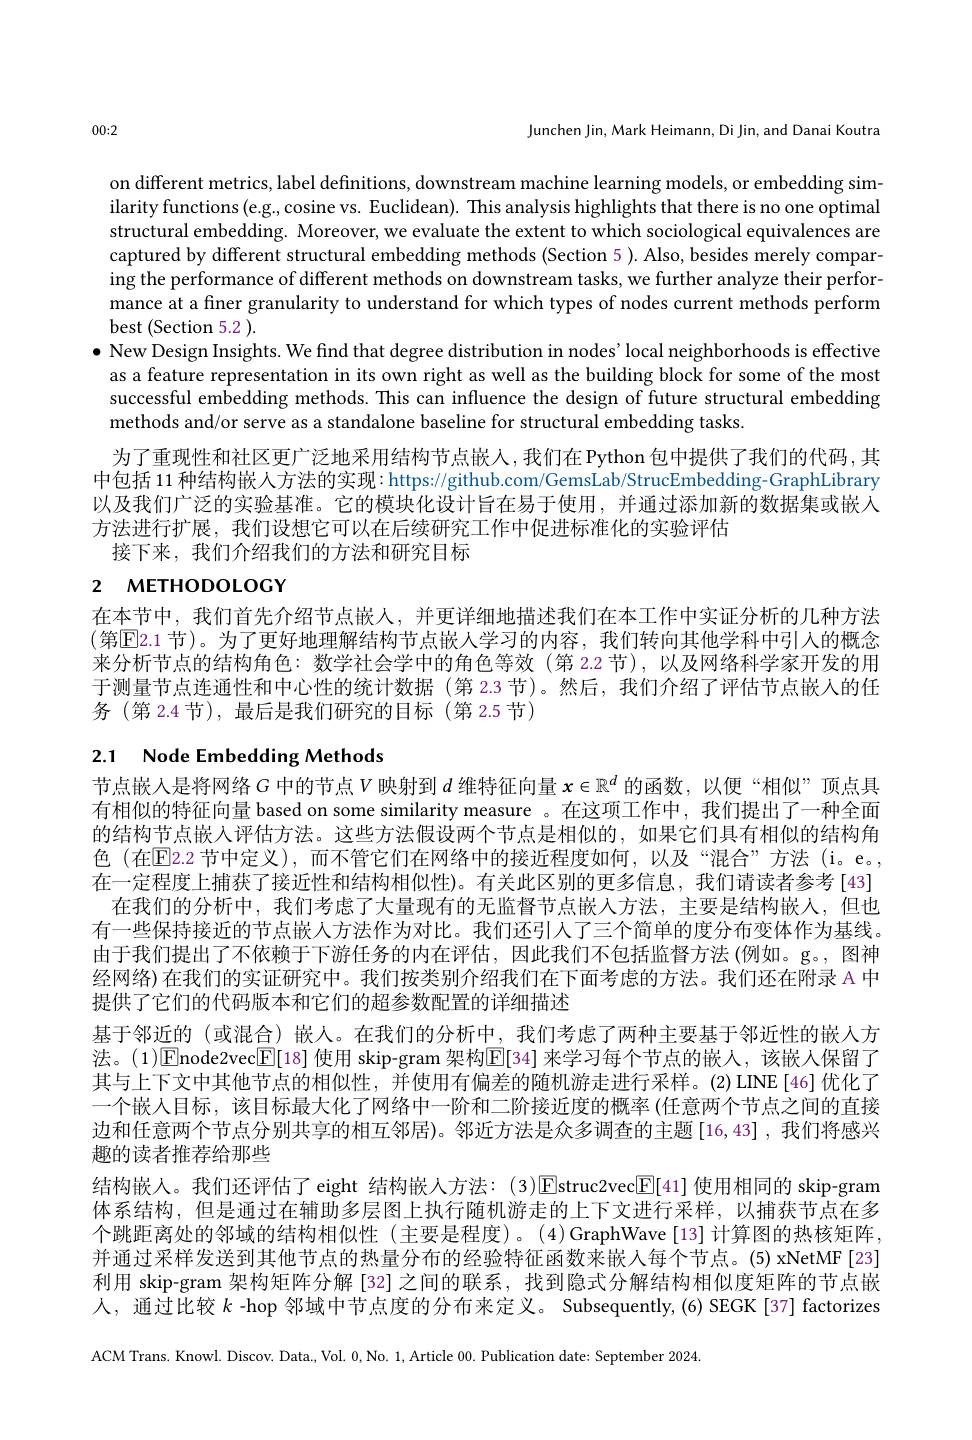
Junchen Jin, Mark Heimann, Di Jin, and Danai Koutra

00:2

on different metrics, label definitions, downstream machine learning models, or embedding similarity functions(e.g., cosine vs. Euclidean). This analysis highlights that there is no one optimal structural embedding. Moreover, we evaluate the extent to which sociological equivalences are captured by different structural embedding methods (Section 5). Also, besides merely comparing the performance of different methods on downstream tasks, we further analyze their performance at a finer granularity to understand for which types of nodes current methods perform best (Section 5.2 ).
$\bullet$ New Design Insights. We find that degree distribution in nodes' local neighborhoods is effective
as a feature representation in its own right as well as the building block for some of the most successful embedding methods. This can influence the design of future structural embedding methods and/or serve as a standalone baseline for structural embedding tasks.
为了重现性和社区更广泛地采用结构节点嵌人，我们在 Python 包中提供了我们的代码，其中包括 11 种结构嵌人方法的实现：https://github.com/GemsLab/StrucEmbedding-GraphLibrary 以及我们广泛的实验基准。它的模块化设计旨在易于使用，并通过添加新的数据集或嵌入方法进行扩展，我们设想它可以在后续研究工作中促进标准化的实验评估
接下来，我们介绍我们的方法和研究目标

# 2 метноросост

在本节中，我们首先介绍节点嵌人，并更详细地描述我们在本工作中实证分析的几种方法(第E2.1 节)。为了更好地理解结构节点嵌人学习的内容，我们转向其他学科中引入的概念来分析节点的结构角色：数学社会学中的角色等效 (第 2.2 节),以及网络科学家开发的用于测量节点连通性和中心性的统计数据 (第 2.3 节)。然后，我们介绍了评估节点嵌人的任务 (第 2.4 节), 最后是我们研究的目标 (第 2.5 节)

# 2.1 Node Embedding Methods

节点嵌入是将网络$G$中的节点$V$映射到$d$维特征向量$x\in\mathbb{R}^d$的函数，以便“相似”顶点具有相似的特征向量 based on some similarity measure 。在这项工作中，我们提出了一种全面的结构节点嵌人评估方法。这些方法假设两个节点是相似的，如果它们具有相似的结构角色 (在E2.2 节中定义),而不管它们在网络中的接近程度如何，以及“混合”方法(i。e。, 在一定程度上捕获了接近性和结构相似性)。有关此区别的更多信息，我们请读者参考[43] 在我们的分析中，我们考虑了大量现有的无监督节点嵌入方法，主要是结构嵌人，但也有一些保持接近的节点嵌人方法作为对比。我们还引人了三个简单的度分布变体作为基线。由于我们提出了不依赖于下游任务的内在评估，因此我们不包括监督方法(例如。g。, 图神经网络)在我们的实证研究中。我们按类别介绍我们在下面考虑的方法。我们还在附录 A 中提供了它们的代码版本和它们的超参数配置的详细描述
基于邻近的 (或混合) 嵌人。在我们的分析中，我们考虑了两种主要基于邻近性的嵌人方法。(1)[Enode2vec$\boxed{\mathrm{F}}[18]$ 使用 skip-gram 架构$\boxed{\mathrm{E}}[34]$ 来学习每个节点的嵌人，该嵌人保留了其与上下文中其他节点的相似性，并使用有偏差的随机游走进行采样。(2)LINE[46]优化了一个嵌人目标，该目标最大化了网络中一阶和二阶接近度的概率(任意两个节点之间的直接边和任意两个节点分别共享的相互邻居)。邻近方法是众多调查的主题[16,43],我们将感兴趣的读者推荐给那些
结构嵌人。我们还评估了eight 结构嵌人方法：(3)$\boxed{\mathrm{E}}$struc2vec$\boxed{\mathrm{E}}[41]$使用相同的 skip-gram 体系结构，但是通过在辅助多层图上执行随机游走的上下文进行采样，以捕获节点在多个跳距离处的邻域的结构相似性(主要是程度)。(4)GraphWave[13]计算图的热核矩阵， 并通过采样发送到其他节点的热量分布的经验特征函数来嵌入每个节点。(5) xNetMF[23] 利用 skip-gram 架构矩阵分解 [32] 之间的联系，找到隐式分解结构相似度矩阵的节点嵌人，通过比较$k$ -hop 邻域中节点度的分布来定义。Subsequently,(6) SEGK[37] factorizes ACM Trans. Knowl. Discov. Data., Vol. 0,No. 1, Article 00. Publication date: September 2024